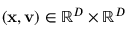
( \mathbf { x } , \mathbf { v } ) \in \mathbb { R } ^ { D } \times \mathbb { R } ^ { D }